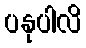
ပနုပါလိ